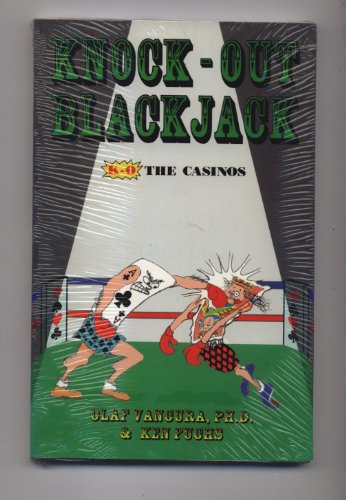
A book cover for Knock-out blackjack; Olaf Vancura; Humor & Entertainment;